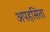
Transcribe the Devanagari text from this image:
अपहसिता